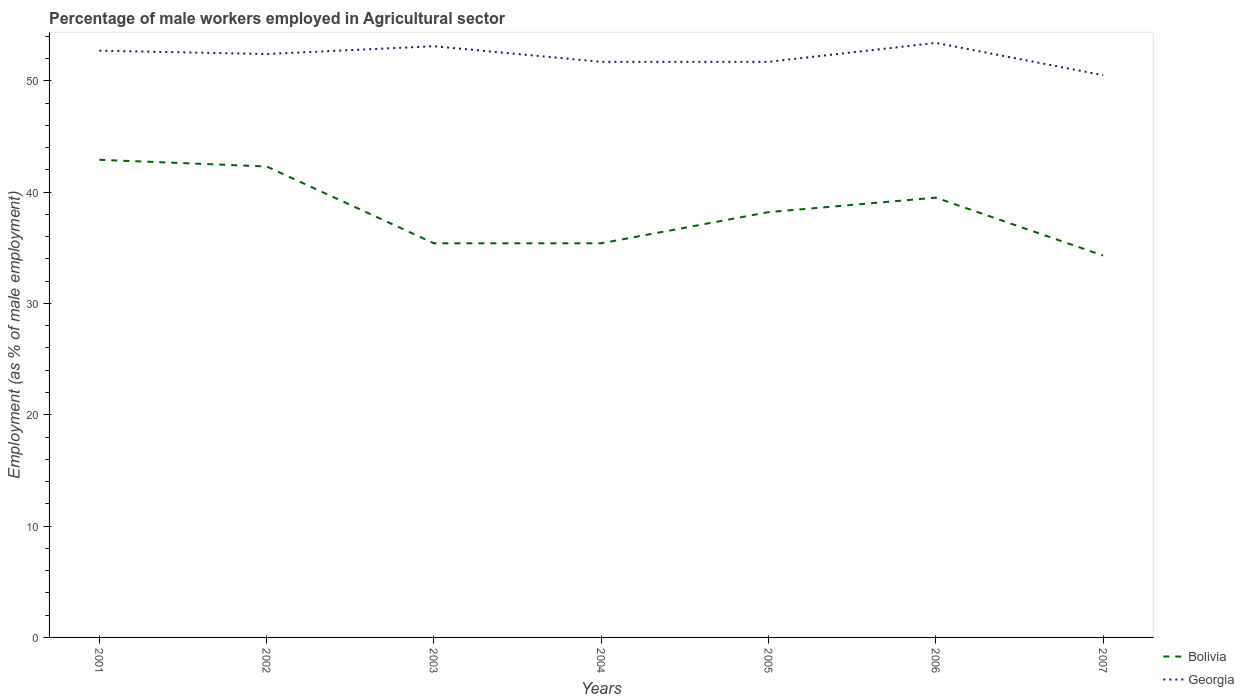
| Years | Bolivia | Georgia |
 | --- | --- | --- |
 | 2001 | 42.9 | 52.7 |
 | 2002 | 42.3 | 52.4 |
 | 2003 | 35.4 | 53.1 |
 | 2004 | 35.4 | 51.7 |
 | 2005 | 38.2 | 51.7 |
 | 2006 | 39.5 | 53.4 |
 | 2007 | 34.3 | 50.5 |